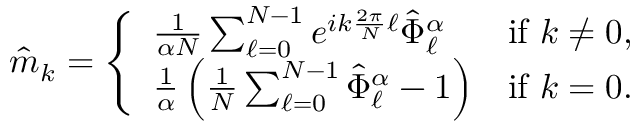
\hat { m } _ { k } = \left\{ \begin{array} { l l } { \frac { 1 } { \alpha N } \sum _ { \ell = 0 } ^ { N - 1 } e ^ { i k \frac { 2 \pi } { N } \ell } \hat { \Phi } _ { \ell } ^ { \alpha } } & { \mathrm { i f ~ } k \neq 0 , } \\ { \frac { 1 } { \alpha } \left( \frac { 1 } { N } \sum _ { \ell = 0 } ^ { N - 1 } \hat { \Phi } _ { \ell } ^ { \alpha } - 1 \right) } & { \mathrm { i f ~ } k = 0 . } \end{array} \right.